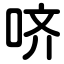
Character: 哜